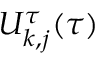
U _ { k , j } ^ { \tau } ( \tau )